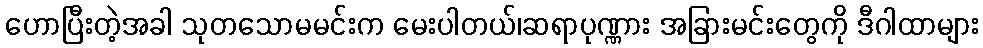
ဟောပြီးတဲ့အခါ သုတသောမမင်းက မေးပါတယ်၊ဆရာပုဏ္ဏား အခြားမင်းတွေကို ဒီဂါထာများ